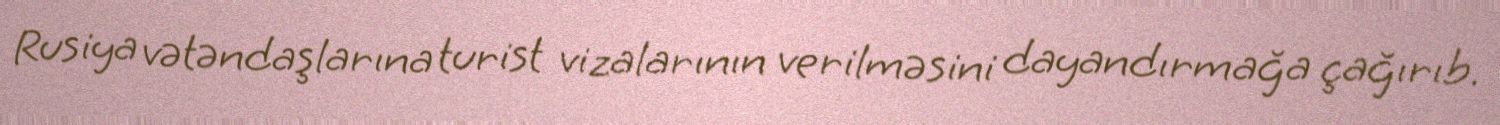
Rusiya vətəndaşlarına turist vizalarının verilməsini dayandırmağa çağırıb.